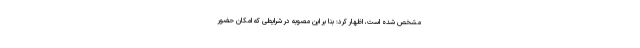
مشخص شده است، اظهار کرد: بنا بر این مصوبه در شرایطی که امکان حضور